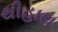
થીહાથ